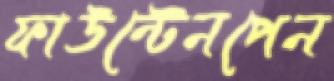
ফাউন্টেনপেন